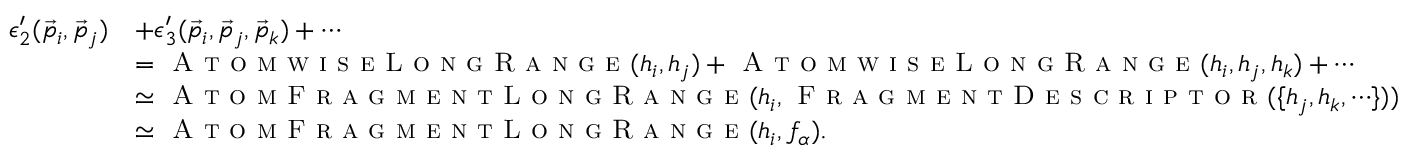
\begin{array} { r l } { \epsilon _ { 2 } ^ { \prime } ( \vec { p } _ { i } , \vec { p } _ { j } ) } & { + \epsilon _ { 3 } ^ { \prime } ( \vec { p } _ { i } , \vec { p } _ { j } , \vec { p } _ { k } ) + \cdots } \\ & { = \textsc { A t o m w i s e L o n g R a n g e } ( h _ { i } , h _ { j } ) + \textsc { A t o m w i s e L o n g R a n g e } ( h _ { i } , h _ { j } , h _ { k } ) + \cdots } \\ & { \simeq \textsc { A t o m F r a g m e n t L o n g R a n g e } ( h _ { i } , \textsc { F r a g m e n t D e s c r i p t o r } ( \{ h _ { j } , h _ { k } , \cdots \} ) ) } \\ & { \simeq \textsc { A t o m F r a g m e n t L o n g R a n g e } ( h _ { i } , f _ { \alpha } ) . } \end{array}